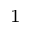
^ 1